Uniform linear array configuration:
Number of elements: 12
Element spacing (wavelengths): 1
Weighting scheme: exponential
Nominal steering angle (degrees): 30
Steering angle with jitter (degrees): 28.137
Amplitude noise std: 0.05
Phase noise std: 0.05

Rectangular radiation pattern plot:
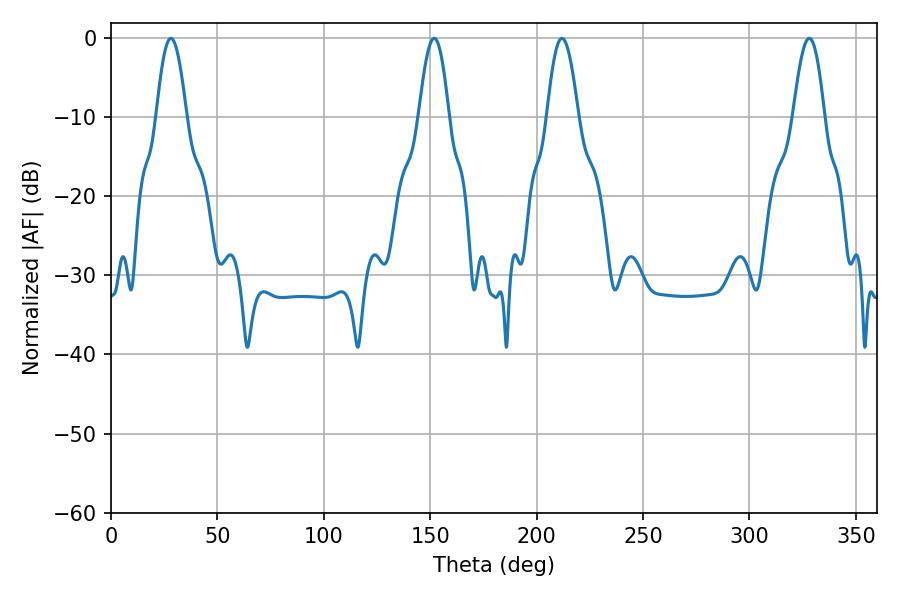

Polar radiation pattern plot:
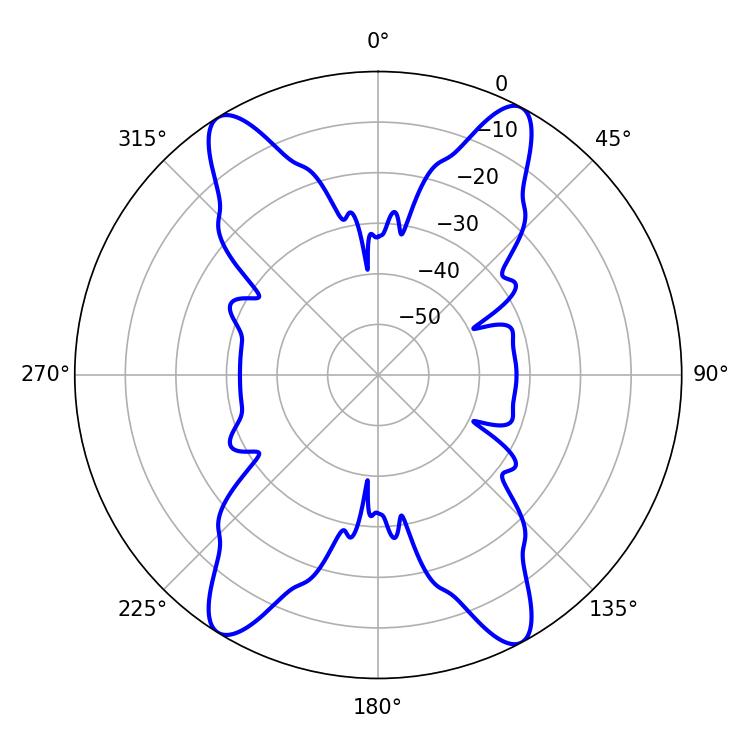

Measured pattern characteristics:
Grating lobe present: TRUE
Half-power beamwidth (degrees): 7.92
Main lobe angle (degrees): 211.86